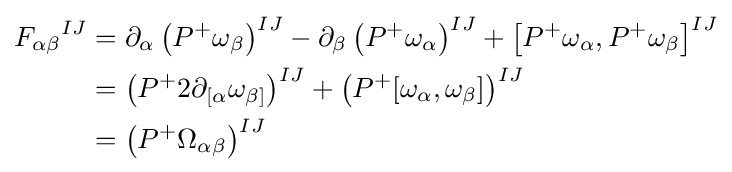
{\begin{aligned}{F_{\alpha \beta }}^{IJ}&=\partial _{\alpha }\left(P^{+}\omega _{\beta }\right)^{IJ}-\partial _{\beta }\left(P^{+}\omega _{\alpha }\right)^{IJ}+\left[P^{+}\omega _{\alpha },P^{+}\omega _{\beta }\right]^{IJ}\\&=\left(P^{+}2\partial _{[\alpha }\omega _{\beta ]}\right)^{IJ}+\left(P^{+}[\omega _{\alpha },\omega _{\beta }]\right)^{IJ}\\&=\left(P^{+}\Omega _{\alpha \beta }\right)^{IJ}\end{aligned}}